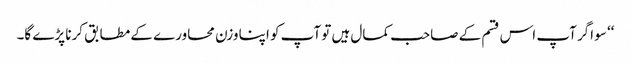
‘‘ سو اگر آپ اس قسم کے صاحب کمال ہیں تو آپ کو اپنا وزن محاورے کے مطابق کرنا پڑے گا۔